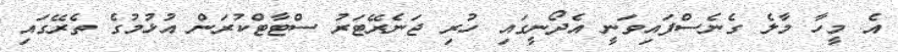
އެ މީހާ މާލެ ގެނެސްފައިވަނީ އެދޯނީގައި ހުރި ޖަނެރޭޓަރު ސްޓާޓްކުރަން އުޅުމުގެ ތެރޭގައި